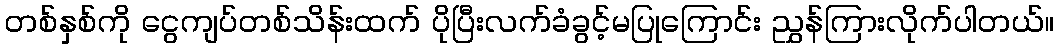
တစ်နှစ်ကို ငွေကျပ်တစ်သိန်းထက် ပိုပြီးလက်ခံခွင့်မပြုကြောင်း ညွှန်ကြားလိုက်ပါတယ်။